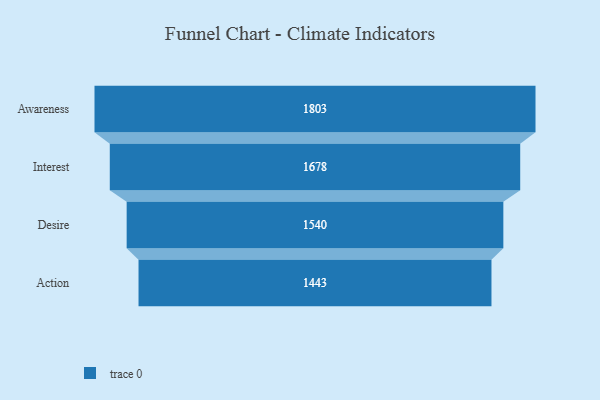
{"axis": {"x": "Stage", "y": "Value"}, "legend": [""], "data": [{"x": "Awareness", "y": 1803.0, "type": ""}, {"x": "Interest", "y": 1678.0, "type": ""}, {"x": "Desire", "y": 1540.0, "type": ""}, {"x": "Action", "y": 1443.0, "type": ""}]}